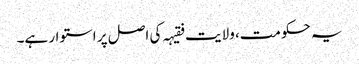
یہ حکومت، ولایت فقیہہ کی اصل پر استوار ہے۔